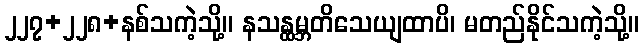
၂၂၇+၂၂၈+နစ်သကဲ့သို့။ နသန္ထမ္ဘတိသေယျထာပိ၊ မတည်နိုင်သကဲ့သို့။